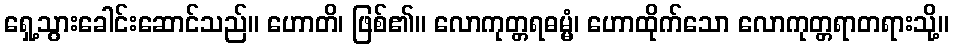
ရှေ့သွားခေါင်းဆောင်သည်။ ဟောတိ၊ ဖြစ်၏။ လောကုတ္တရဓမ္မံ၊ ဟောထိုက်သော လောကုတ္တရာတရားသို့။